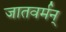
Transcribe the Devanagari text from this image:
जातवर्मन्‌